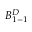
B _ { 1 - 1 } ^ { D }